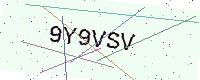
Text: 9Y9VSV